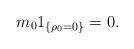
LaTeX: \begin{align*} m_{0}1_{ \{ \rho_{0}=0 \}} = 0.\end{align*}